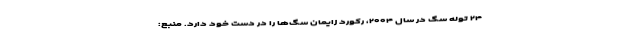
۲۴ توله سگ در سال ۲۰۰۴، رکورد زایمان سگ‌ها را در دست خود دارد. منبع: